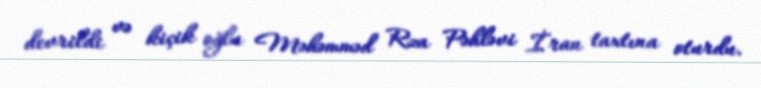
devrildi və kiçik oğlu Məhəmməd Rza Pəhləvi İran taxtına oturdu.